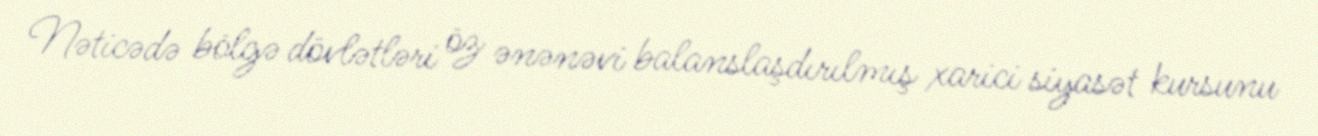
Nəticədə bölgə dövlətləri öz ənənəvi balanslaşdırılmış xarici siyasət kursunu